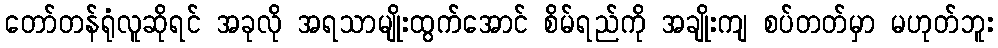
တော်တန်ရုံလူဆိုရင် အခုလို အရသာမျိုးထွက်အောင် စိမ်ရည်ကို အချိုးကျ စပ်တတ်မှာ မဟုတ်ဘူး